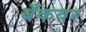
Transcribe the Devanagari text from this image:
बँकवर